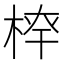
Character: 𣔏